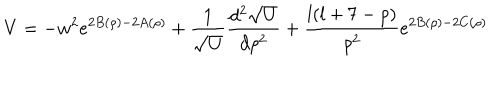
V = - w ^ { 2 } e ^ { 2 B ( \rho ) - 2 A ( \rho ) } + \frac { 1 } { \sqrt U } \frac { d ^ { 2 } \sqrt U } { d \rho ^ { 2 } } + \frac { l ( l + 7 - p ) } { \rho ^ { 2 } } e ^ { 2 B ( \rho ) - 2 C ( \rho ) }